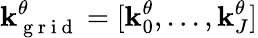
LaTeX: \mathbf{k}_{\mathrm{{~g~r~i~d~}}}^{\theta}=[\mathbf{k}_{0}^{\theta},...,\mathbf{k}_{J}^{\theta}]